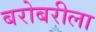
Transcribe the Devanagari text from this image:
बरोबरीला